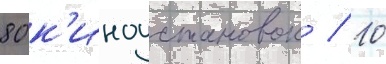
80 к'иноустановок / 10